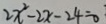
2 x ^ { 2 } - 2 x - 2 4 = 0